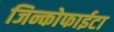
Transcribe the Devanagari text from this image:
जिन्कोफाईटा